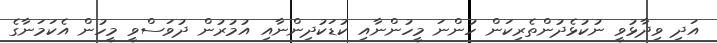
އަދި ވިދާޅުވީ ނުކުޅެދުންތެރިކަން ހުންނަ މީހުންނާއި ކުޑަކުދިންނާއި އުމުރުން ދުވަސްވީ މީހުން އެކަމަނާގެ